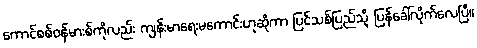
ကောင်စစ်ဝန်မားစ်ကိုလည်း ကျန်းမာရေးမကောင်းဟုဆိုကာ ပြင်သစ်ပြည်သို့ ပြန်ခေါ်လိုက်လေပြီ။